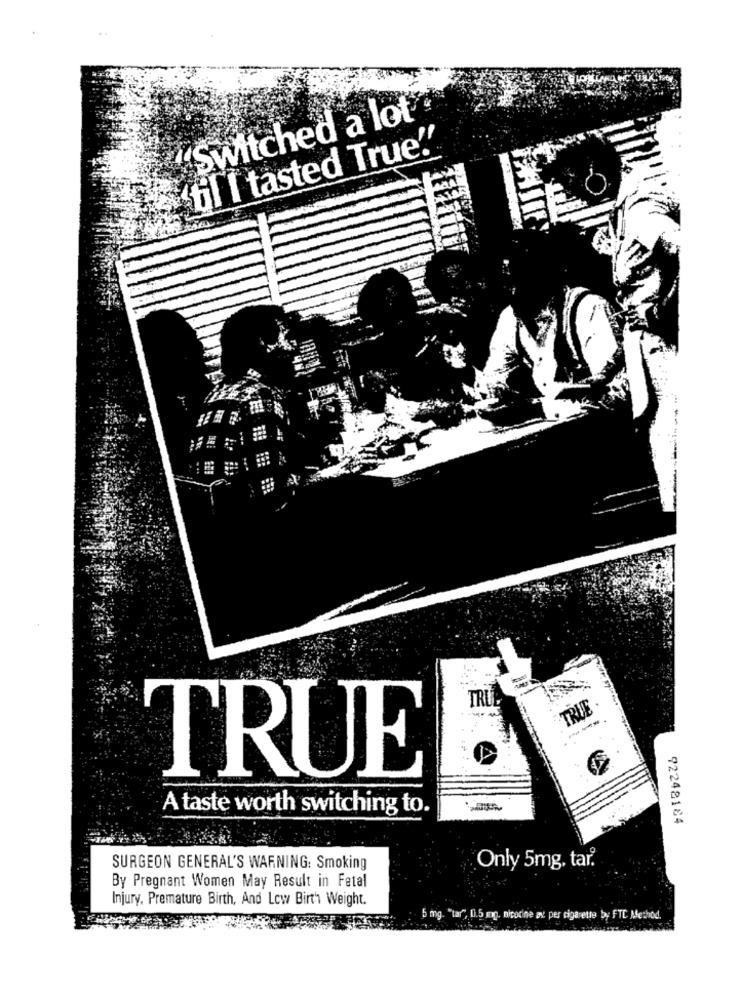
"Switched a lot
til I tasted True!"
ME
TRU
TŘIE
TRUE
A taste worth switching to.
92248184
SURGEON GENERAL'S WARNING: Smoking
Only 5mg. tar.
By Pregnant Women May Result in Fetal
Injury, Premature Birth, And Low Birth Weight.
5 mg. "tar", 0.5 mg. nicodine av per cigarette by FTC Method.